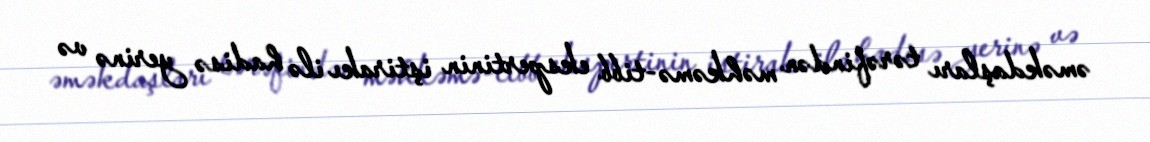
əməkdaşları tərəfindən məhkəmə-tibb ekspertinin iştirakı ilə hadisə yerinə və